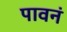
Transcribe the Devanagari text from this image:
पावनं